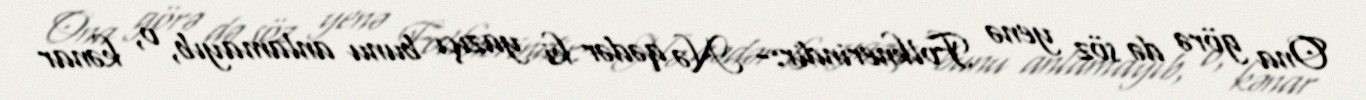
Ona görə də söz yenə Folknerindir:- Nə qədər ki yazıçı bunu anlamayıb, o, kənar